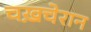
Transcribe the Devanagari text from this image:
चख़चेरान